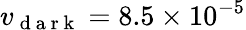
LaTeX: v_{\mathrm{~d~a~r~k~}}=8.5\times 10^{-5}